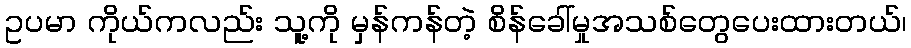
ဥပမာ ကိုယ်ကလည်း သူ့ကို မှန်ကန်တဲ့ စိန်ခေါ်မှုအသစ်တွေပေးထားတယ်၊